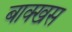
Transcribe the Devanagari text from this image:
बाक्खस